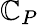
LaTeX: \mathbb{C}_{P}